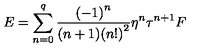
E = \sum _ { n = 0 } ^ { q } { \frac { { ( - 1 ) } ^ { n } } { ( n + 1 ) { ( n ! ) } ^ { 2 } } } \eta ^ { n } \tau ^ { n + 1 } F